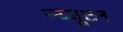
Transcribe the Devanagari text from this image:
न्य्यूटन